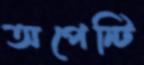
অপেন্টি